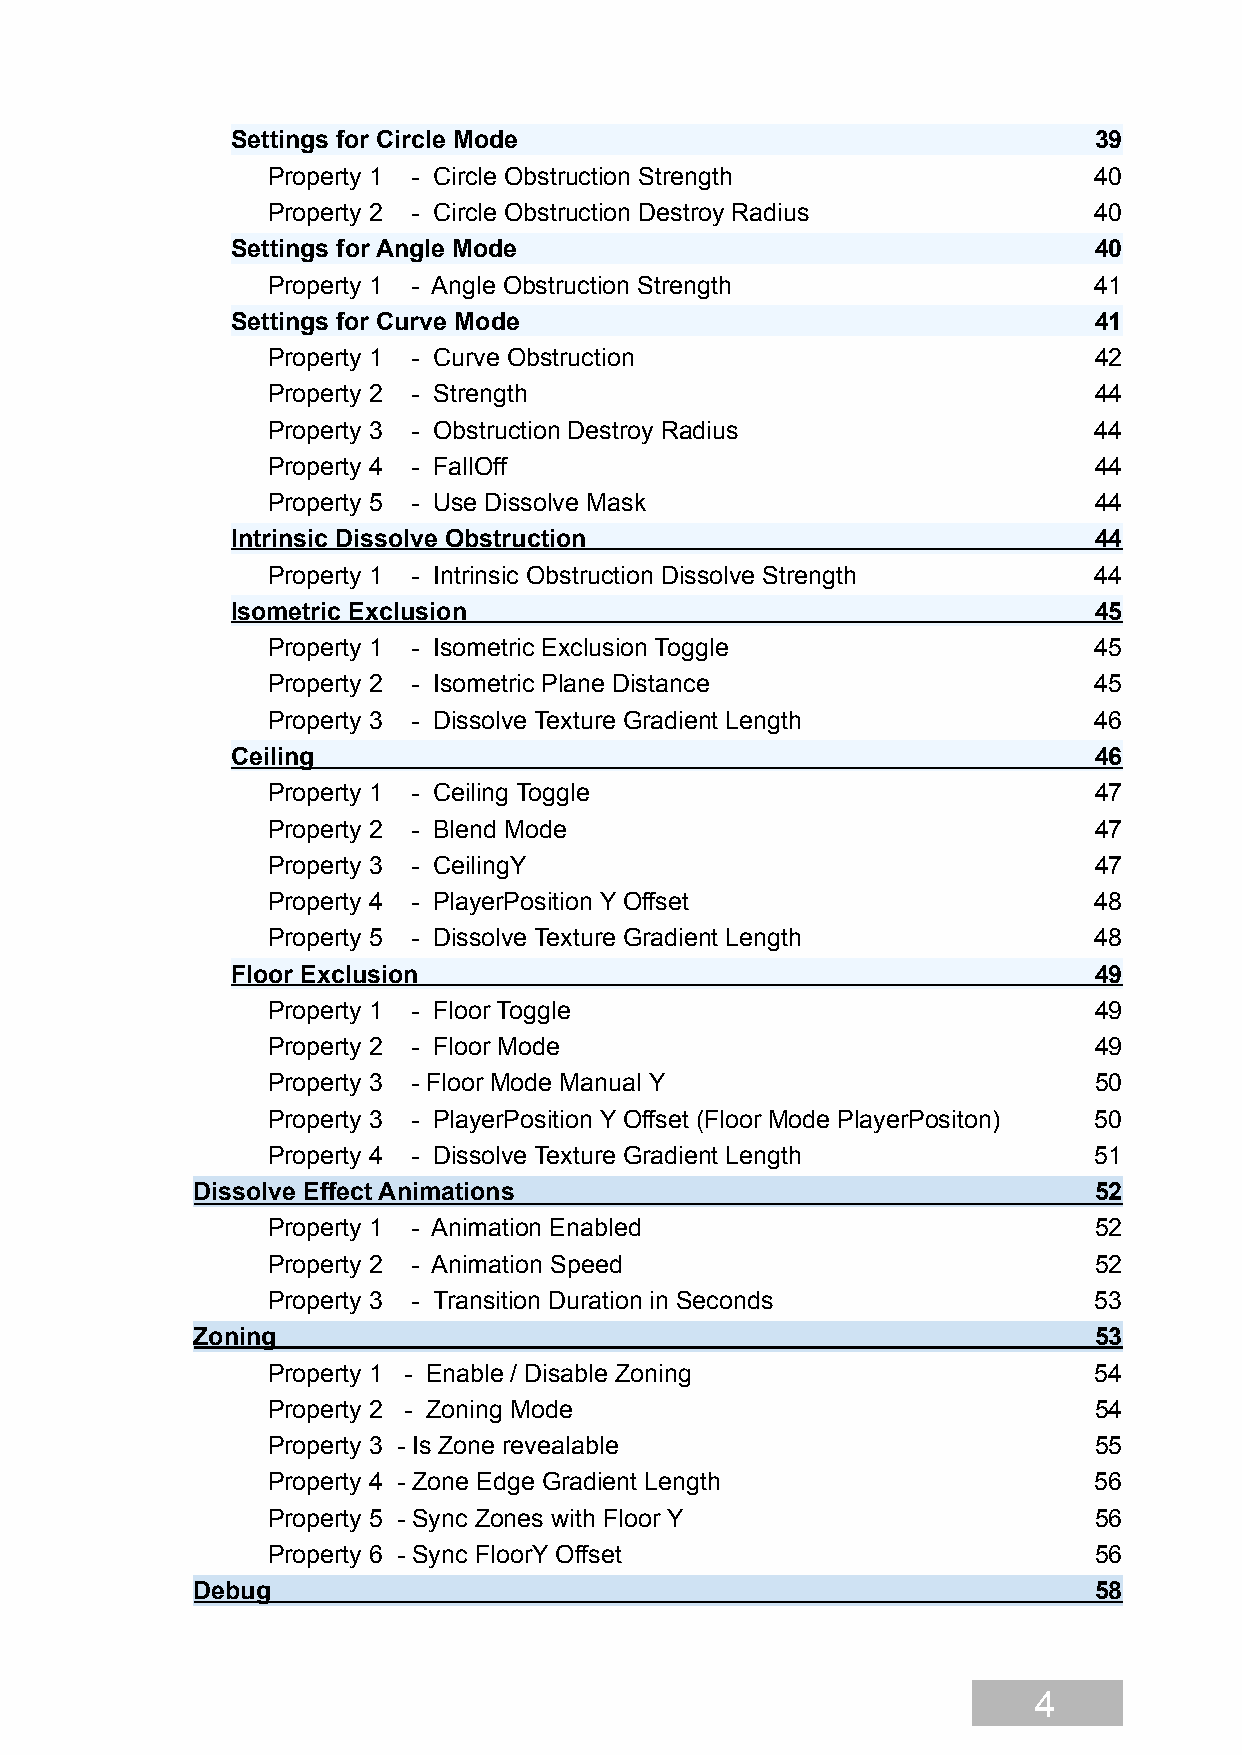
Settings for Circle Mode                                 39
 Property 1 - Circle Obstruction Strength              40
 Property 2 - Circle Obstruction Destroy Radius        40
 Settings for Angle Mode                                  40
 Property 1 - Angle Obstruction Strength               41
 Settings for Curve Mode                                  41
 Property 1 - Curve Obstruction                        42
 Property 2 - Strength                                 44
 Property 3 - Obstruction Destroy Radius               44
 Property 4 - FallOff                                  44
 Property 5 - Use Dissolve Mask                        44
 Intrinsic Dissolve Obstruction                           44
 Property 1 - Intrinsic Obstruction Dissolve Strength  44
 Isometric Exclusion                                      45
 Property 1 - Isometric Exclusion Toggle               45
 Property 2 - Isometric Plane Distance                 45
 Property 3 - Dissolve Texture Gradient Length         46
 Ceiling                                                  46
 Property 1 - Ceiling Toggle                           47
 Property 2 - Blend Mode                               47
 Property 3 - CeilingY                                 47
 Property 4 - PlayerPosition Y Offset                  48
 Property 5 - Dissolve Texture Gradient Length         48
 Floor Exclusion                                          49
 Property 1 - Floor Toggle                             49
 Property 2 - Floor Mode                               49
 Property 3 - Floor Mode Manual Y                      50
 Property 3 - PlayerPosition Y Offset (Floor Mode PlayerPositon) 50
 Property 4 - Dissolve Texture Gradient Length         51
 Dissolve Effect Animations                                 52
 Property 1 - Animation Enabled                        52
 Property 2 - Animation Speed                          52
 Property 3 - Transition Duration in Seconds           53
 Zoning                                                     53
 Property 1 - Enable / Disable Zoning                  54
 Property 2 - Zoning Mode                              54
 Property 3 - Is Zone revealable                       55
 Property 4 - Zone Edge Gradient Length                56
 Property 5 - Sync Zones with Floor Y                  56
 Property 6 - Sync FloorY Offset                       56
 Debug                                                      58
 4